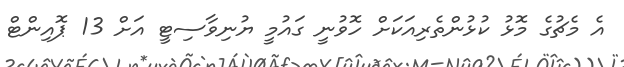
އެ މެޗުގެ މޮޅު ކުޅުންތެރިއަކަށް ހޮވުނީ ގައުމީ ޔުނިވާސިޓީ އަށް 13 ޕޮއިންޓް